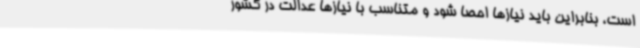
است، بنابراین باید نیازها احصا شود و متناسب با نیازها عدالت در کشور